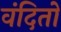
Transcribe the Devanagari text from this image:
वंदितो